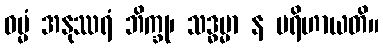
ဓမ္မံ အနုဿရံ ဘိက္ခု၊ သဒ္ဓမ္မာ န ပရိဟာယတိ။